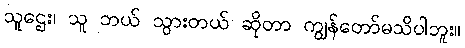
သူဌေး၊ သူ ဘယ် သွားတယ် ဆိုတာ ကျွန်တော်မသိပါဘူး။